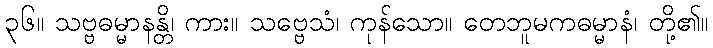
၃၆။ သဗ္ဗဓမ္မာနန္တိ၊ ကား။ သဗ္ဗေသံ၊ ကုန်သော။ တေဘူမကဓမ္မာနံ၊ တို့၏။